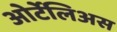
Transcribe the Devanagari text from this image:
ओर्टेलिअस